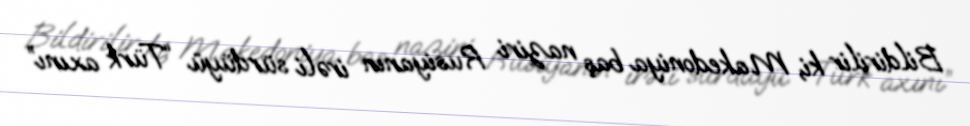
Bildirilir ki, Makedoniya baş naziri Rusiyanın irəli sürdüyü “Türk axını”